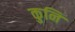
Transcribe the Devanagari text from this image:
कुनि